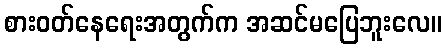
စားဝတ်နေရေးအတွက်က အဆင်မပြေဘူးလေ။